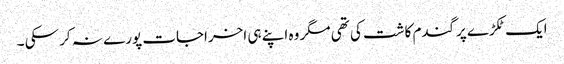
ایک ٹکڑے پرگندم کاشت کی تھی مگر وہ اپنے ہی اخراجات پورے نہ کر سکی ۔